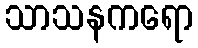
သာသနကရော